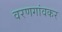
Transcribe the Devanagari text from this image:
वरणगांवकर